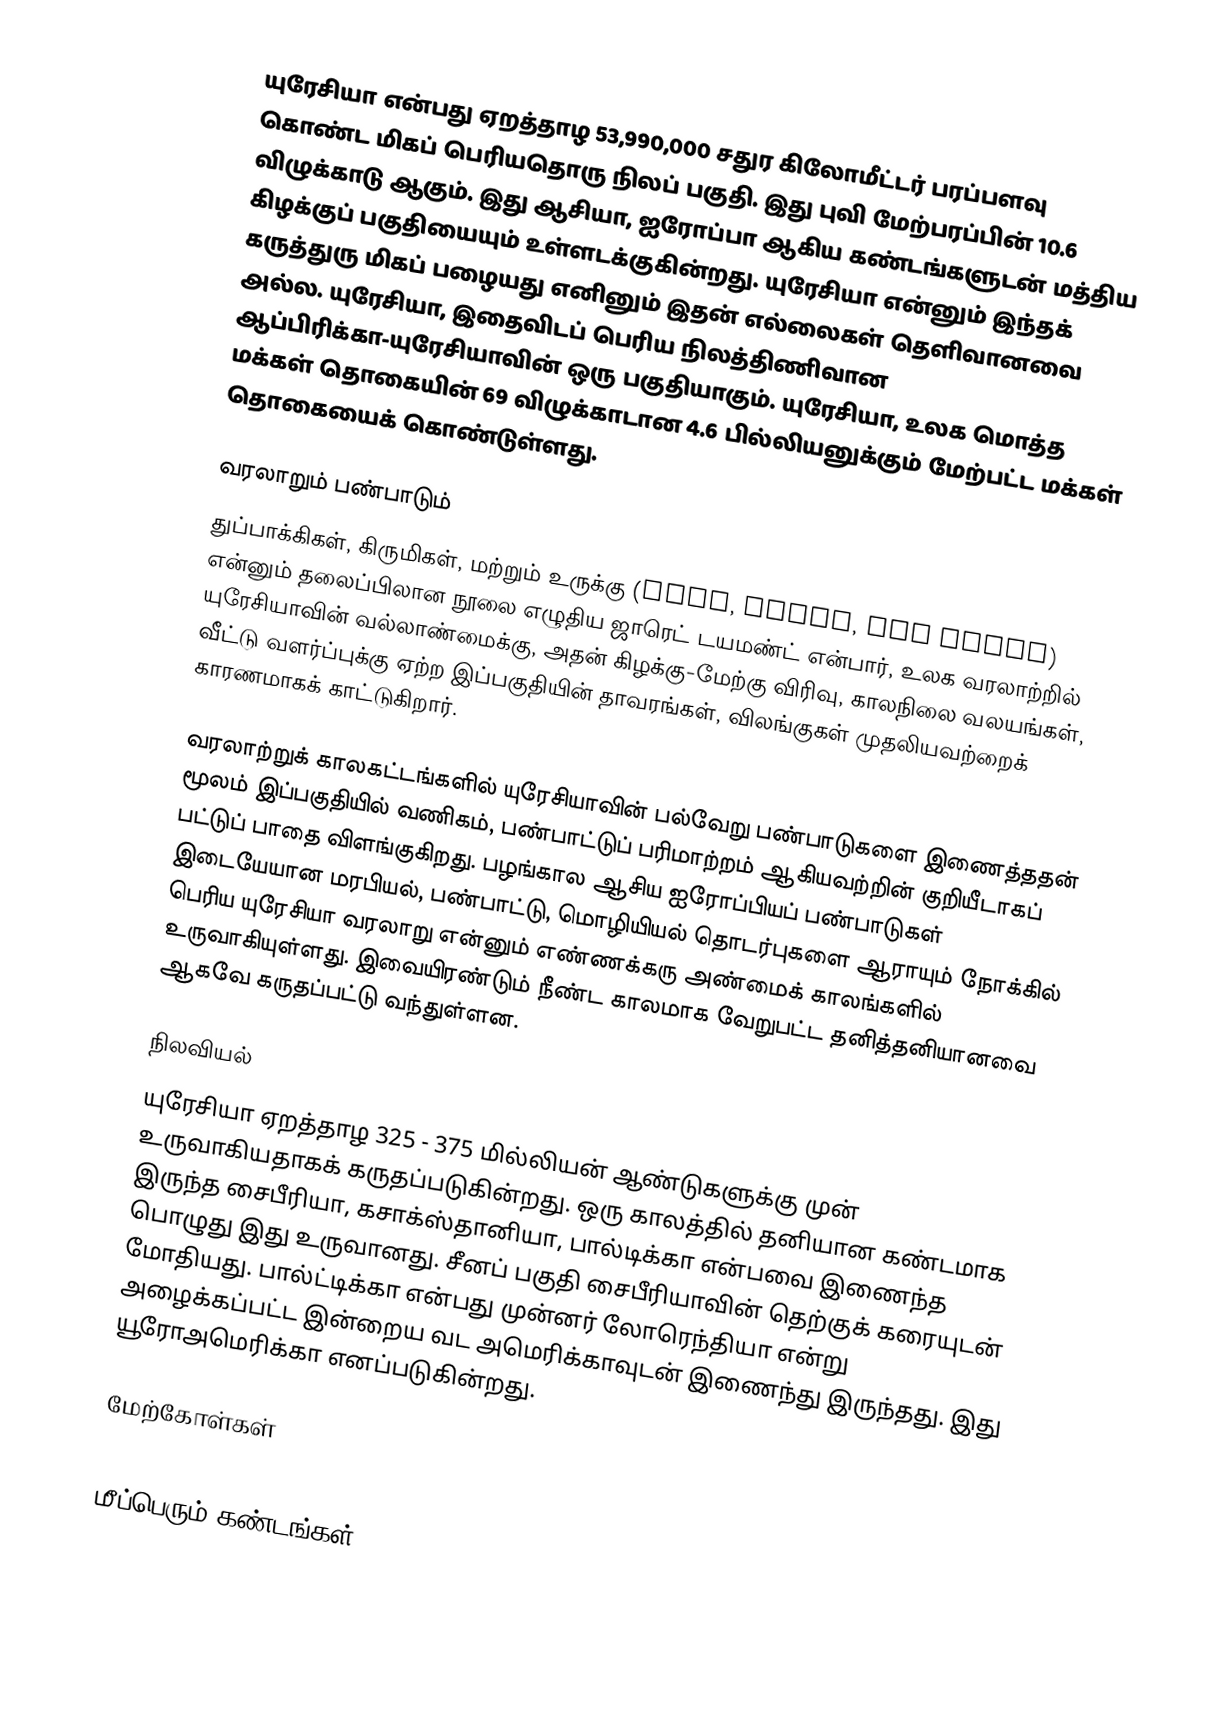
யுரேசியா என்பது ஏறத்தாழ 53,990,000 சதுர கிலோமீட்டர் பரப்பளவு கொண்ட மிகப் பெரியதொரு நிலப் பகுதி. இது புவி மேற்பரப்பின் 10.6 விழுக்காடு ஆகும். இது ஆசியா, ஐரோப்பா ஆகிய கண்டங்களுடன் மத்திய கிழக்குப் பகுதியையும் உள்ளடக்குகின்றது.  யுரேசியா என்னும் இந்தக் கருத்துரு மிகப் பழையது எனினும் இதன் எல்லைகள் தெளிவானவை அல்ல. யுரேசியா, இதைவிடப் பெரிய நிலத்திணிவான ஆப்பிரிக்கா-யுரேசியாவின் ஒரு பகுதியாகும். யுரேசியா, உலக மொத்த மக்கள் தொகையின் 69 விழுக்காடான 4.6 பில்லியனுக்கும் மேற்பட்ட மக்கள் தொகையைக் கொண்டுள்ளது.

வரலாறும் பண்பாடும்
துப்பாக்கிகள், கிருமிகள், மற்றும் உருக்கு (Guns, Germs, and Steel) என்னும் தலைப்பிலான நூலை எழுதிய ஜாரெட் டயமண்ட் என்பார், உலக வரலாற்றில் யுரேசியாவின் வல்லாண்மைக்கு, அதன் கிழக்கு-மேற்கு விரிவு, காலநிலை வலயங்கள், வீட்டு வளர்ப்புக்கு ஏற்ற இப்பகுதியின் தாவரங்கள், விலங்குகள் முதலியவற்றைக் காரணமாகக் காட்டுகிறார்.

வரலாற்றுக் காலகட்டங்களில் யுரேசியாவின் பல்வேறு பண்பாடுகளை இணைத்ததன் மூலம் இப்பகுதியில் வணிகம், பண்பாட்டுப் பரிமாற்றம் ஆகியவற்றின் குறியீடாகப் பட்டுப் பாதை விளங்குகிறது. பழங்கால ஆசிய ஐரோப்பியப் பண்பாடுகள் இடையேயான மரபியல், பண்பாட்டு, மொழியியல் தொடர்புகளை ஆராயும் நோக்கில் பெரிய யுரேசியா வரலாறு என்னும் எண்ணக்கரு அண்மைக் காலங்களில் உருவாகியுள்ளது. இவையிரண்டும் நீண்ட காலமாக வேறுபட்ட தனித்தனியானவை ஆகவே கருதப்பட்டு வந்துள்ளன.

நிலவியல்
யுரேசியா ஏறத்தாழ 325 - 375 மில்லியன் ஆண்டுகளுக்கு முன் உருவாகியதாகக் கருதப்படுகின்றது. ஒரு காலத்தில் தனியான கண்டமாக இருந்த சைபீரியா, கசாக்ஸ்தானியா, பால்டிக்கா என்பவை இணைந்த பொழுது இது உருவானது. சீனப் பகுதி சைபீரியாவின் தெற்குக் கரையுடன் மோதியது. பால்ட்டிக்கா என்பது முன்னர் லோரெந்தியா என்று அழைக்கப்பட்ட இன்றைய வட அமெரிக்காவுடன் இணைந்து இருந்தது. இது யூரோஅமெரிக்கா எனப்படுகின்றது.

மேற்கோள்கள்

மீப்பெரும் கண்டங்கள்